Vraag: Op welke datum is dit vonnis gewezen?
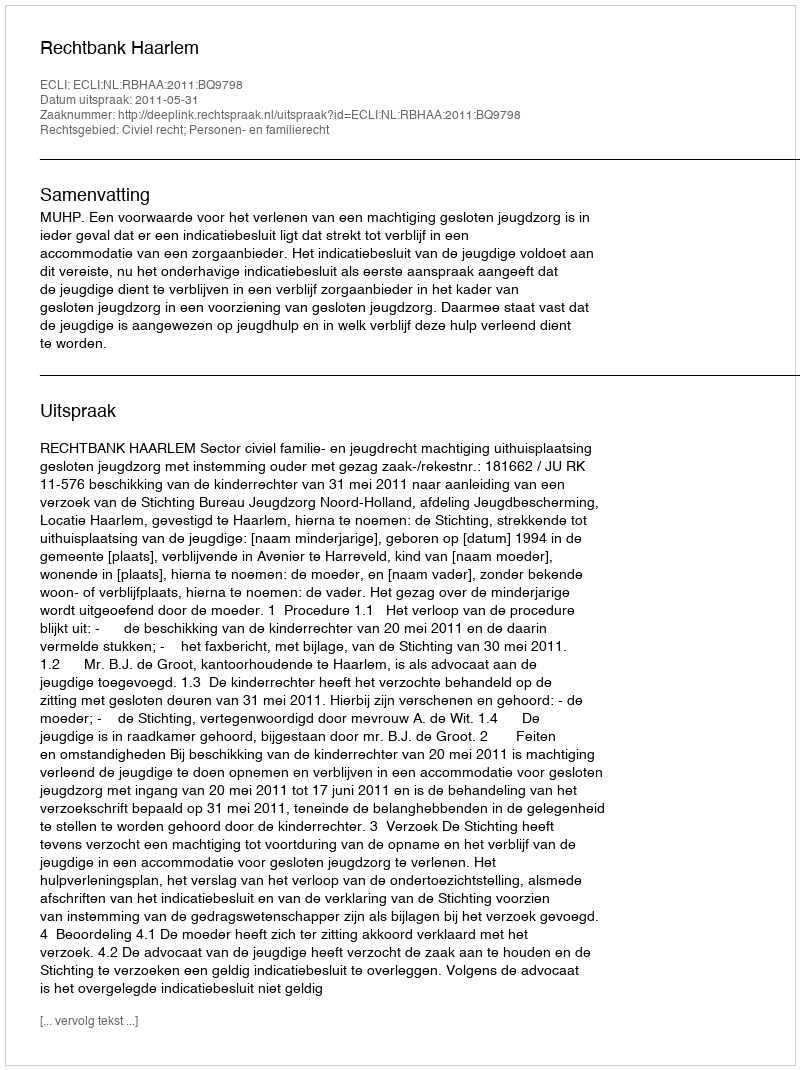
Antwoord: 2011-05-31